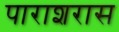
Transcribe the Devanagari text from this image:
पाराशरास